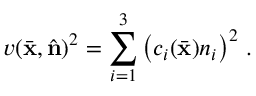
v ( \bar { \bf x } , \hat { \bf n } ) ^ { 2 } = \sum _ { i = 1 } ^ { 3 } \left( c _ { i } ( \bar { \bf x } ) n _ { i } \right) ^ { 2 } \, .